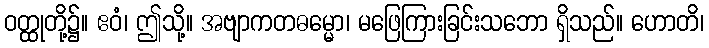
ဝတ္ထုတို့၌။ ဧဝံ၊ ဤသို့။ အဗျာကတဓမ္မော၊ မဖြေကြားခြင်းသဘော ရှိသည်။ ဟောတိ၊